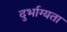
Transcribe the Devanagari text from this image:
दुर्भाग्यता